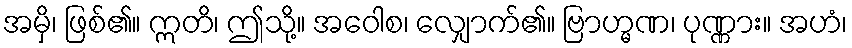
အမှိ၊ ဖြစ်၏။ ဣတိ၊ ဤသို့။ အဝေါစ၊ လျှောက်၏။ ဗြာဟ္မဏ၊ ပုဏ္ဏား။ အဟံ၊